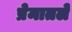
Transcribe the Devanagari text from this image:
प्रेमातले